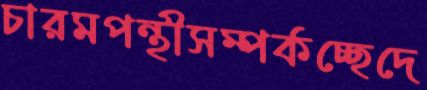
চারমপন্থীসম্পর্কচ্ছেদে